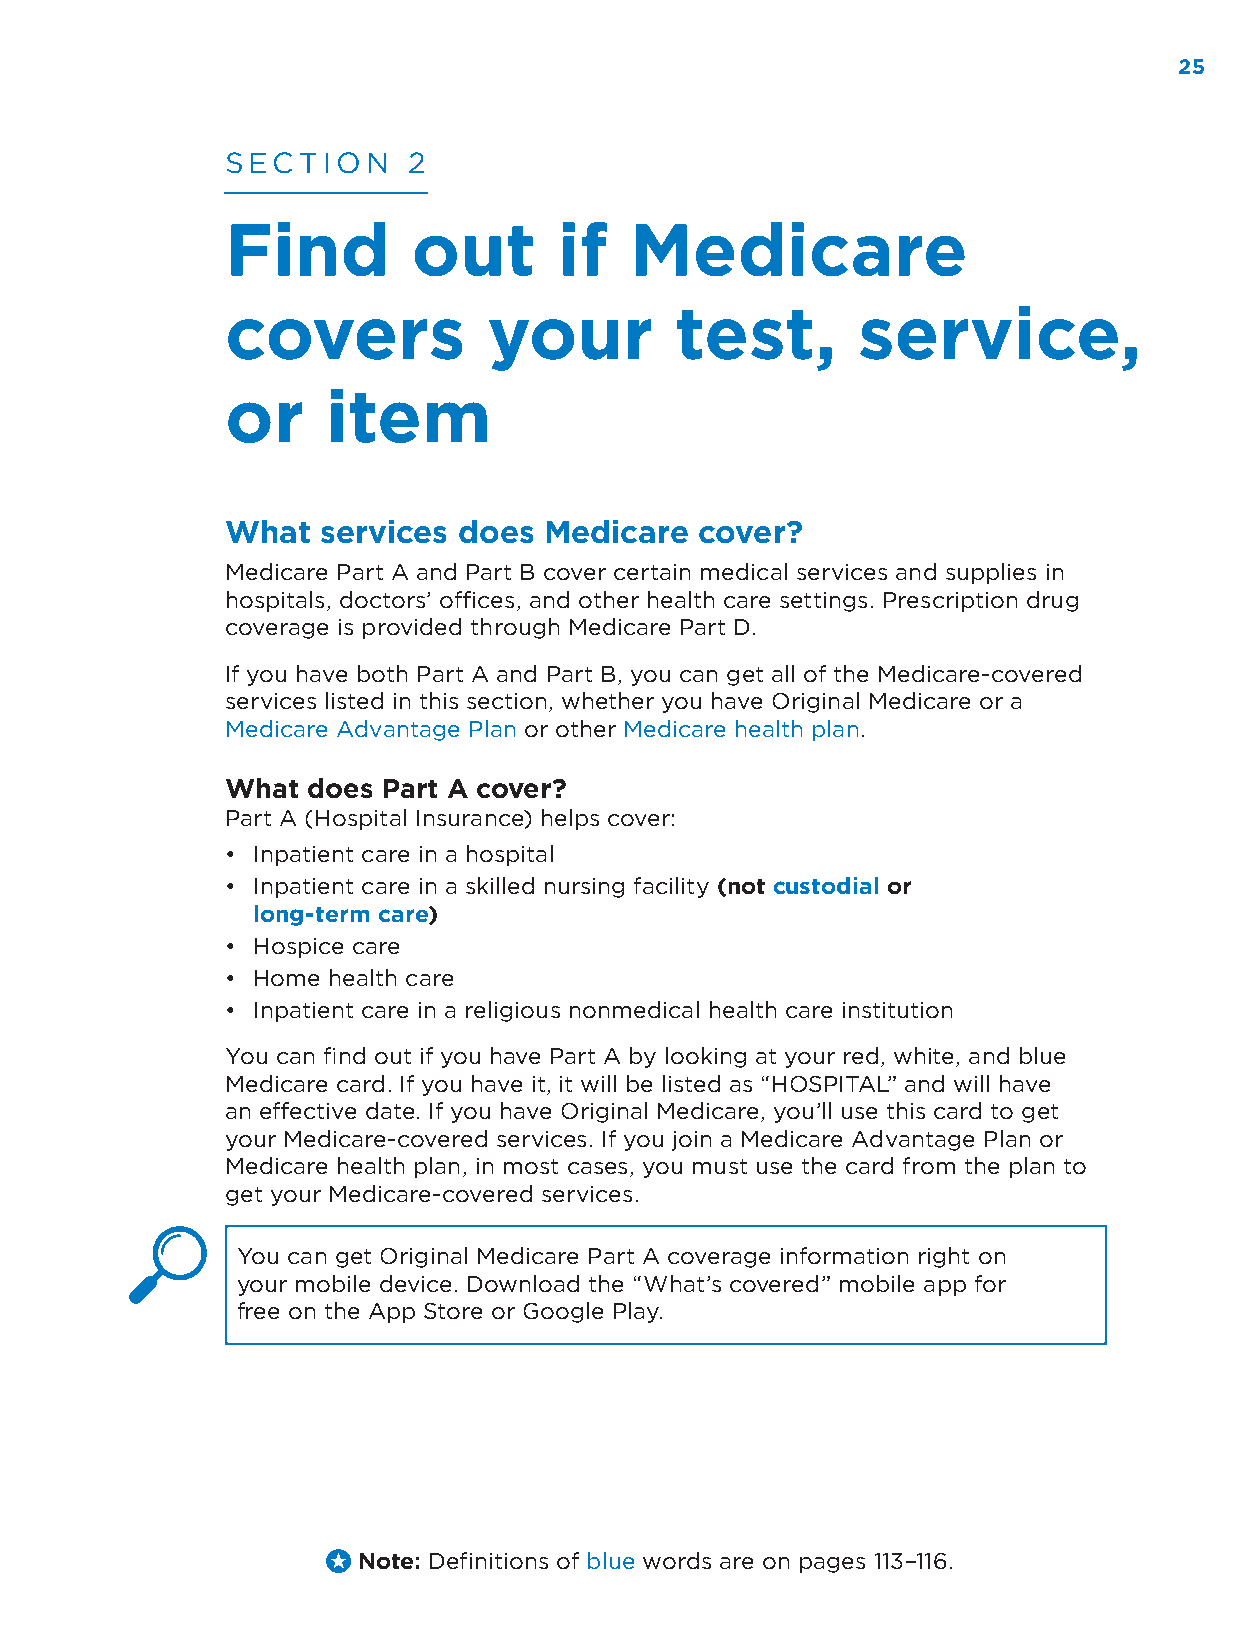
25
 SECTION     2
 Find        out       if   Medicare
 covers           your         test,       service,
 or     item
 What  services does  Medicare  cover?
 Medicare Part A and Part B cover certain medical services and supplies in
 hospitals, doctors’ offices, and other health care settings. Prescription drug
 coverage is provided through Medicare Part D.
 If you have both Part A and Part B, you can get all of the Medicare-covered
 services listed in this section, whether you have Original Medicare or a
 Medicare Advantage Plan or other Medicare health plan.
 What does Part A cover?
 Part A (Hospital Insurance) helps cover:
 • Inpatient care in a hospital
 • Inpatient care in a skilled nursing facility (not custodial or
 long-term care)
 • Hospice care
 • Home health care
 • Inpatient care in a religious nonmedical health care institution
 You can find out if you have Part A by looking at your red, white, and blue
 Medicare card. If you have it, it will be listed as “HOSPITAL” and will have
 an effective date. If you have Original Medicare, you’ll use this card to get
 your Medicare-covered services. If you join a Medicare Advantage Plan or
 Medicare health plan, in most cases, you must use the card from the plan to
 get your Medicare-covered services.
 You can get Original Medicare Part A coverage information right on
 your mobile device. Download the “What’s covered” mobile app for
 free on the App Store or Google Play.
 Note: Definitions of blue words are on pages 113–116.